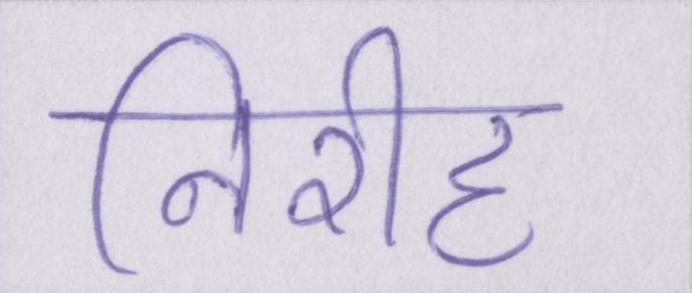
निरीह